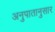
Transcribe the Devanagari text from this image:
अनुपातानुसार